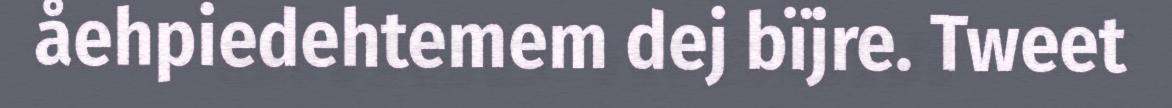
åehpiedehtemem dej bïjre. Tweet